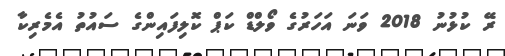
ރޭ ކުޅުނު 2018 ވަނަ އަހަރުގެ ވޯލްޑް ކަޕް ކޮލިފައިންގެ ސައުތު އެމެރިކާ